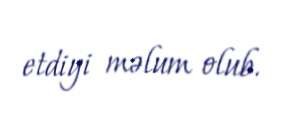
etdiyi məlum olub.